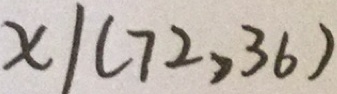
x \vert ( 7 2 , 3 6 )